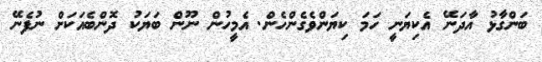
ބަންގާޅު އާދަނޭ އެކިޔަނީ ހަމަ ކިޔަންވެގެންހެން. އެމީހުން ނޫން ބަޔަކު ދޮންބެއަކަށް ނުފެނޭ